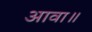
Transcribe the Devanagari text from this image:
आवा॥